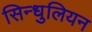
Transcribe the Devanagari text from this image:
सिन्धुलियन